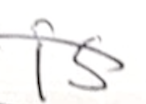
Text: is
Cross-out: diagonal
Writing tool: pencil